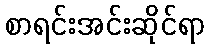
စာရင်းအင်းဆိုင်ရာ